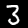
Digit: 3